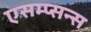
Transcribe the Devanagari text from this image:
एसम्प्सन्स